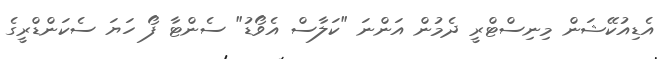
އެޑިއުކޭޝަން މިނިސްޓްރީ ދެމުން އަންނަ "ކަލާސް އެވޯޑު" ސެންޓާ ފޯ ހަޔަ ސެކަންޑްރީގެ